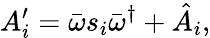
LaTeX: A_{i}^{\prime}=\bar{\omega}s_{i}\bar{\omega}^{\dagger}+\hat{A}_{i},